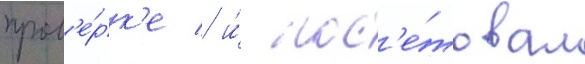
пров'е́рк'е / и́ пос'е́товал